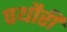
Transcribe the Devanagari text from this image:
पथौरी